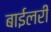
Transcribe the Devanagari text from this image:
बाईलरी